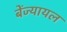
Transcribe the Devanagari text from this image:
बेंज्यायल